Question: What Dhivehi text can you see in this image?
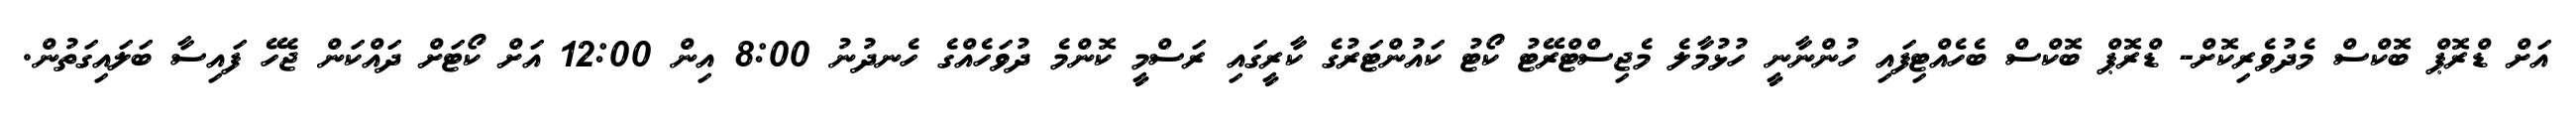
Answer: އަށް ޑްރޮޕް ބޮކްސް މެދުވެރިކޮށް- ޑްރޮޕް ބޮކްސް ބެހެއްޓިފައި ހުންނާނީ ހުޅުމާލެ މެޖިސްޓްރޭޓު ކޯޓު ކައުންޓަރުގެ ކާރީގައި ރަސްމީ ކޮންމެ ދުވަހެއްގެ ހެނދުނު 8:00 އިން 12:00 އަށް ކޯޓަށް ދައްކަން ޖެހޭ ފައިސާ ބަލައިގަތުން.